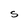
Character: S